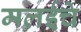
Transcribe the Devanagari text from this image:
मलईचे